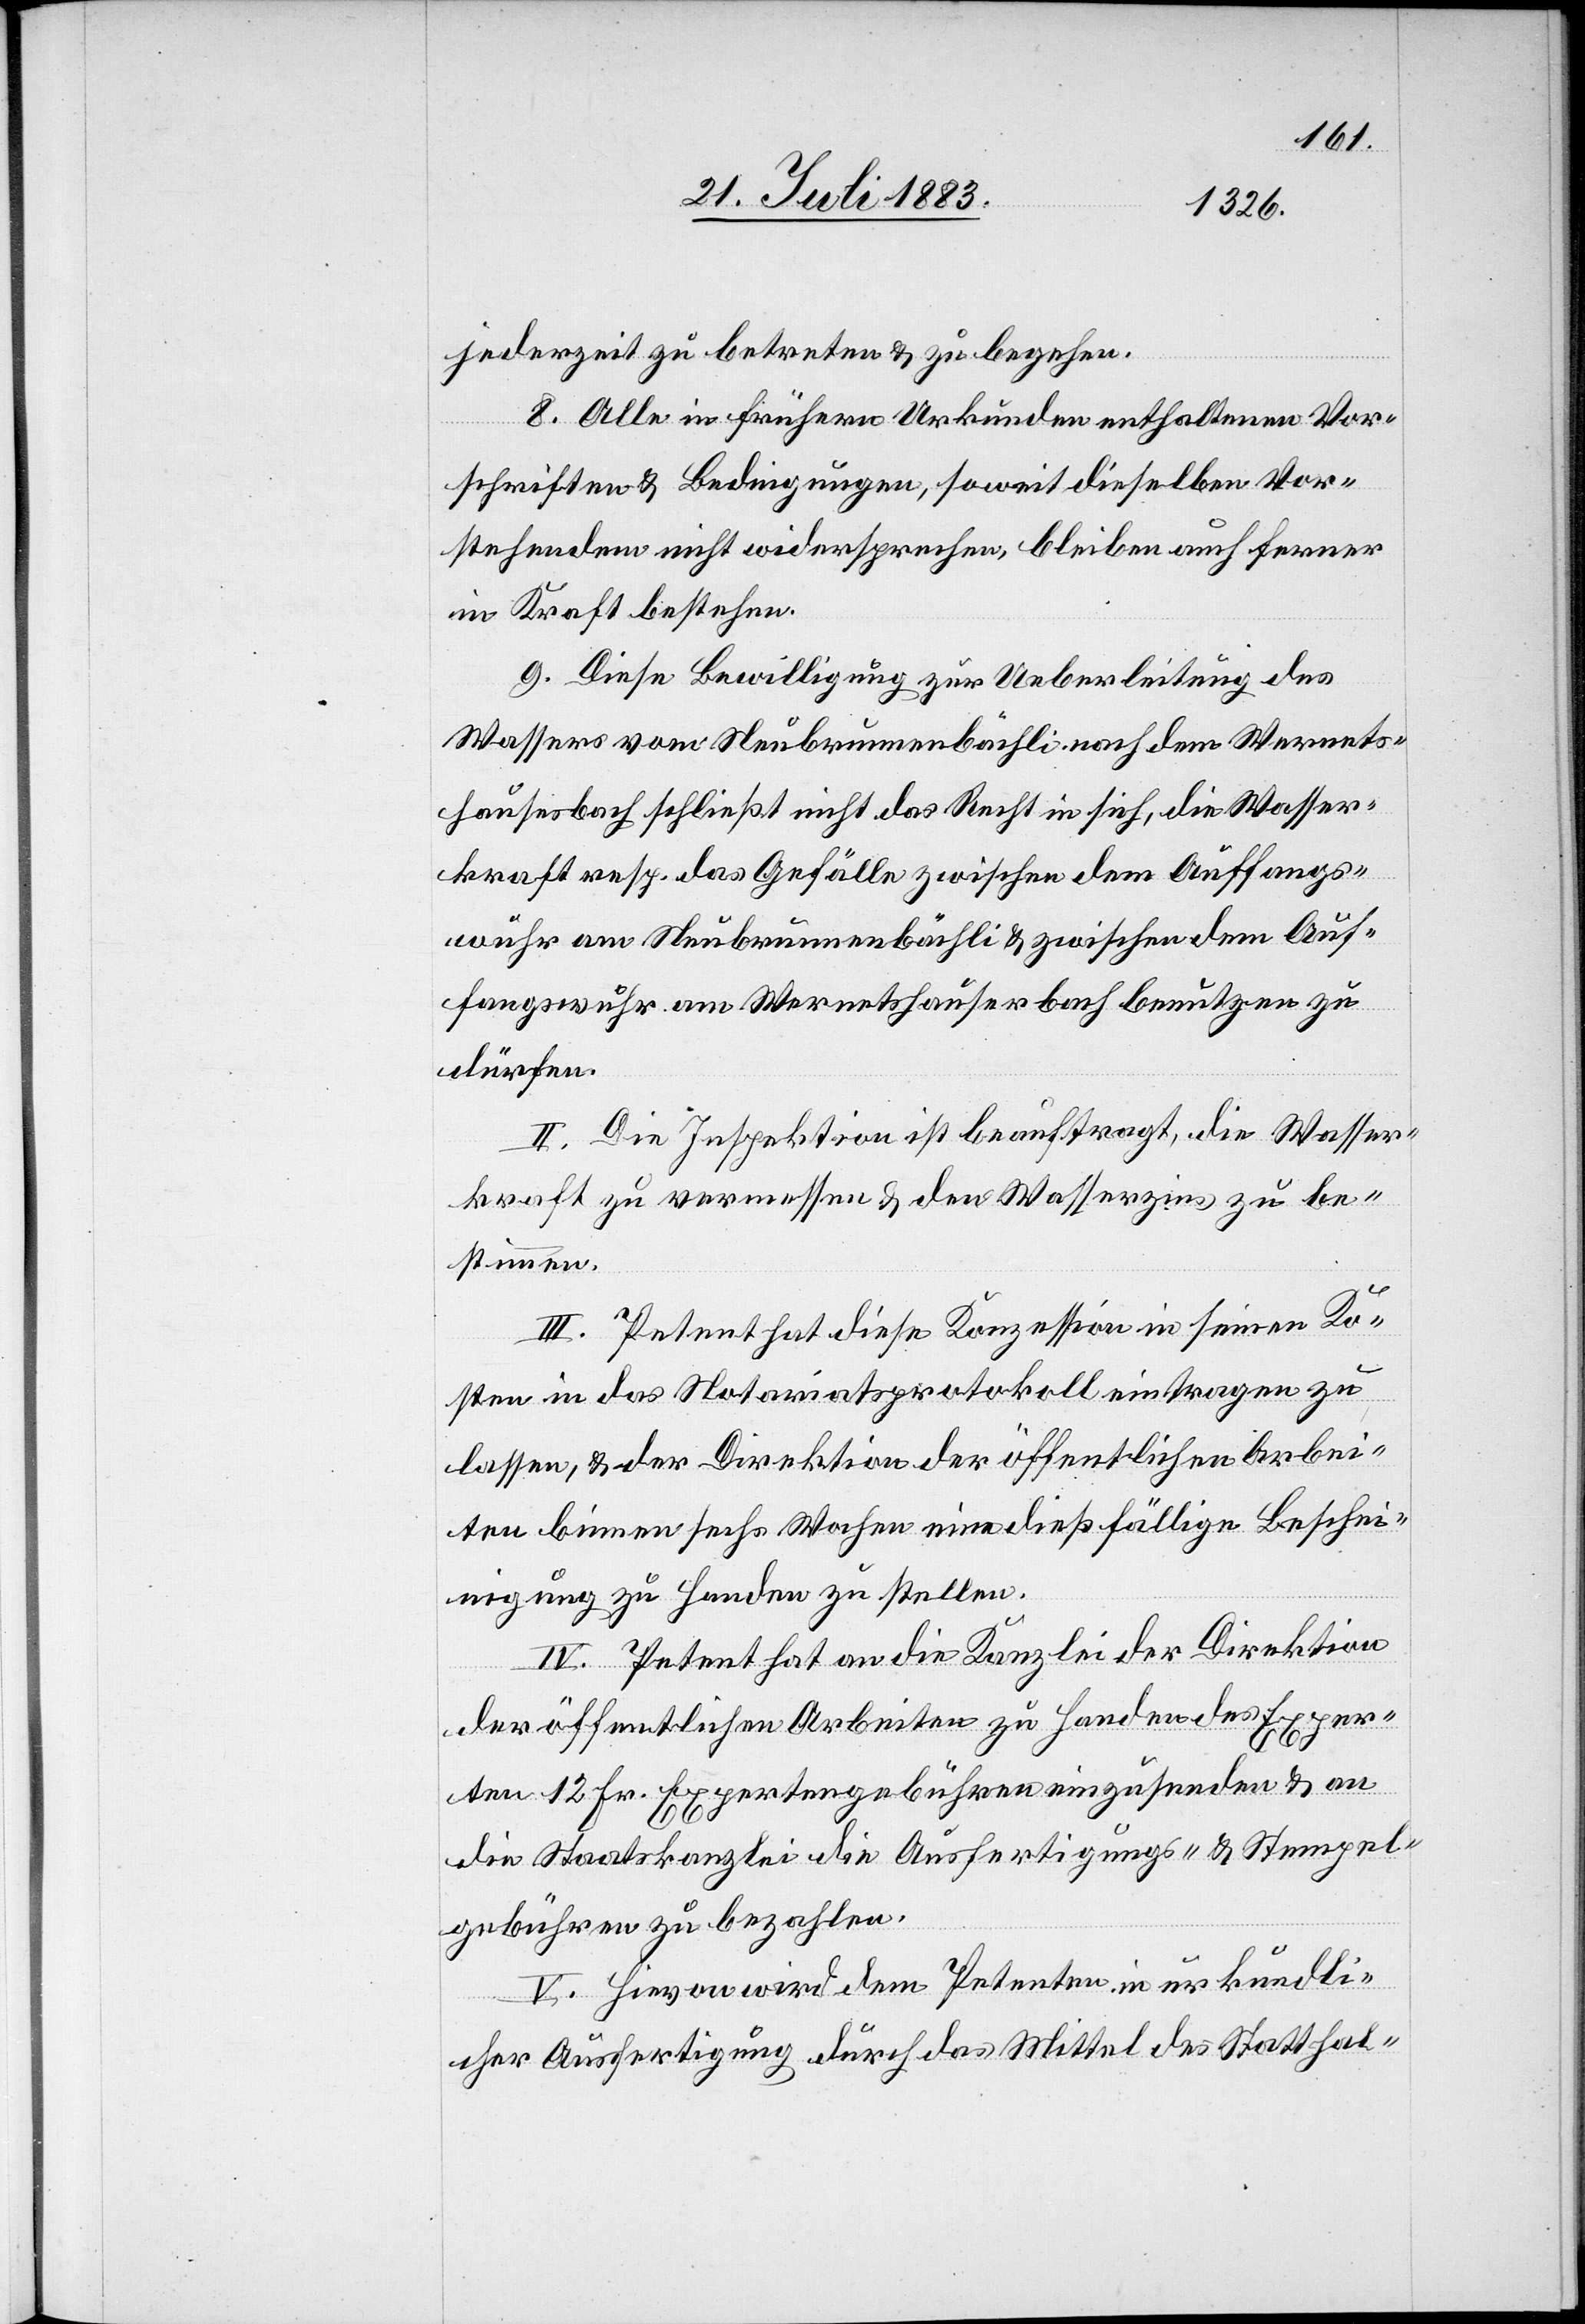
jederzeit zu betreten & zu begehen.
8. Alle in frühern Urkunden enthaltenen Vor¬
schriften & Bedingungen, soweit dieselben Vor¬
stehendem nicht widersprechen, bleiben auch ferner
in Kraft bestehen.
9. Diese Bewilligung zur Ueberleitung des
Wassers vom Neubrunnenbächli [sic!] nach dem Wernets¬
hauserbach schließt nicht das Recht in sich, die Wasser¬
kraft resp. das Gefälle zwischen dem Auffangs¬
wuhr am Neubrunnenbächli & zwischen dem Auf¬
fangswuhr am Wernetshauserbach benutzen zu
dürfen.
II. Die Inspektion ist beauftragt, die Wasser¬
kraft zu vermessen & den Wasserzins zu be¬
stimmen.
III. Petent hat diese Konzession in seinen Ko¬
sten in das Notariatsprotokoll eintragen zu
lassen, & der Direktion der öffentlichen Arbei¬
ten binnen sechs Wochen eine dießfällige Beschei¬
nigung zu Handen zu stellen.
IV. Petent hat an die Kanzlei der Direktion
der öffentlichen Arbeiten zu Handen des Exper¬
ten 12 Fr. Expertengebühren einzusenden & an
die Staatskanzlei die Ausfertigungs- & Stempel¬
gebühren zu bezahlen.
V. Hievon wird dem Petenten in urkundli¬
cher Ausfertigung durch das Mittel des Statthal-